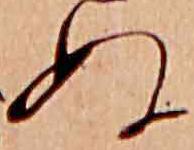
ぬ